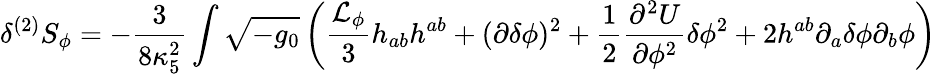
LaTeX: \delta^{(2)}S_{\phi}=-\frac{3}{8\kappa_{5}^{2}}\int\sqrt{-g_{0}}\left(\frac{{\cal L}_{\phi}}{3}h_{ab}h^{ab}+(\partial\delta\phi)^{2}+\frac{1}{2}\frac{\partial^{2}U}{\partial\phi^{2}}\delta\phi^{2}+2h^{ab}\partial_{a}\delta\phi\partial_{b}\phi\right)